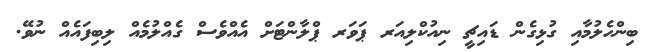
ބިންހެލުމާއި ގުޅިގެން ޑައިޗީ ނިއުކްލިއަރ ޕަވަރ ޕްލާންޓަށް އެއްވެސް ގެއްލުމެއް ލިބިފައެއް ނުވޭ.